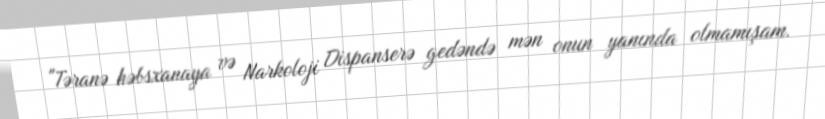
"Təranə həbsxanaya və Narkoloji Dispanserə gedəndə mən onun yanında olmamışam.